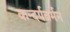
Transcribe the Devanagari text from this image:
कन्दर्पवर्मन